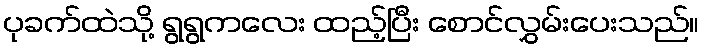
ပုခက်ထဲသို့ ရွရွကလေး ထည့်ပြီး စောင်လွှမ်းပေးသည်။